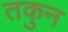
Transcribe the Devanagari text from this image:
तकुन